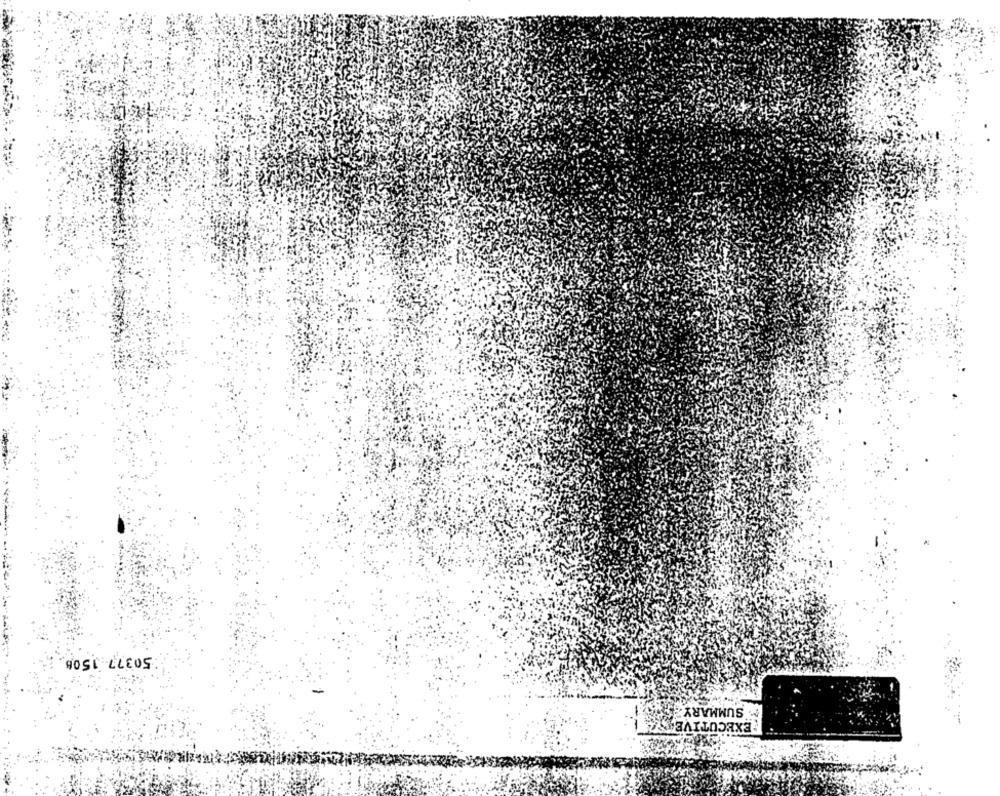
:50377 1508
SUMMARY
EXECUTIVE